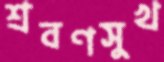
শ্রবণসুখ